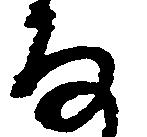
な